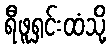
ရီဖူရှင်းထံသို့